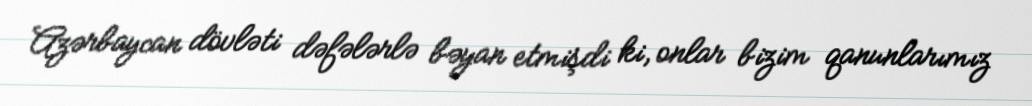
Azərbaycan dövləti dəfələrlə bəyan etmişdi ki, onlar bizim qanunlarımız